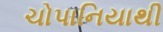
ચોપાનિયાથી